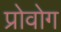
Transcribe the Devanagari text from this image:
प्रोवोग